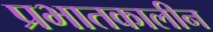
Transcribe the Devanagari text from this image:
प्रभातकालीन